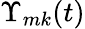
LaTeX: \Upsilon_{mk}(t)